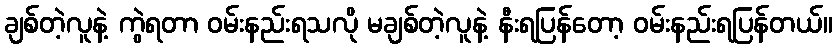
ချစ်တဲ့လူနဲ့ ကွဲရတာ ဝမ်းနည်းရသလို မချစ်တဲ့လူနဲ့ နီးရပြန်တော့ ဝမ်းနည်းရပြန်တယ်။